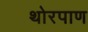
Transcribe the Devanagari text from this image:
थोरपाण